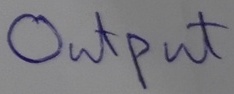
Text: OUTPUT